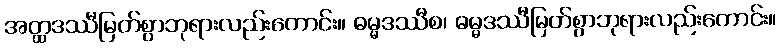
အတ္ထဒဿီမြတ်စွာဘုရားလည်းကောင်း။ ဓမ္မဒဿီစ၊ ဓမ္မဒဿီမြတ်စွာဘုရားလည်းကောင်း။